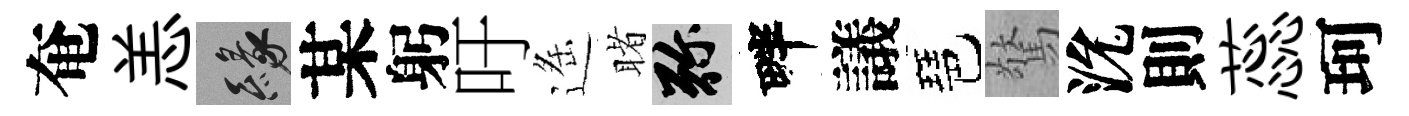
奄恙緣某躬吁遥睹弥畔議琶驚沇則蕊珂